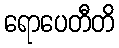
ရောပေတီတိ